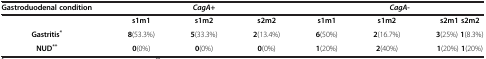
| Gastroduodenal condition | <COLSPAN=3> CagA+ | <COLSPAN=3> CagA- |
 | --- | --- | --- | --- | --- | --- | --- |
 |  | s1m1 | s1m2 | s2m2 | s1m1 | s1m2 | s2m1 s2m2 |
 | Gastritis* | 8(53.3%) | 5(33.3%) | 2(13.4%) | 6(50%) | 2(16.7%) | 3(25%) 1(8.3%) |
 | NUD** | 0(0%) | 0(0%) | 0(0%) | 1(20%) | 2(40%) | 1(20%) 1(20%) |